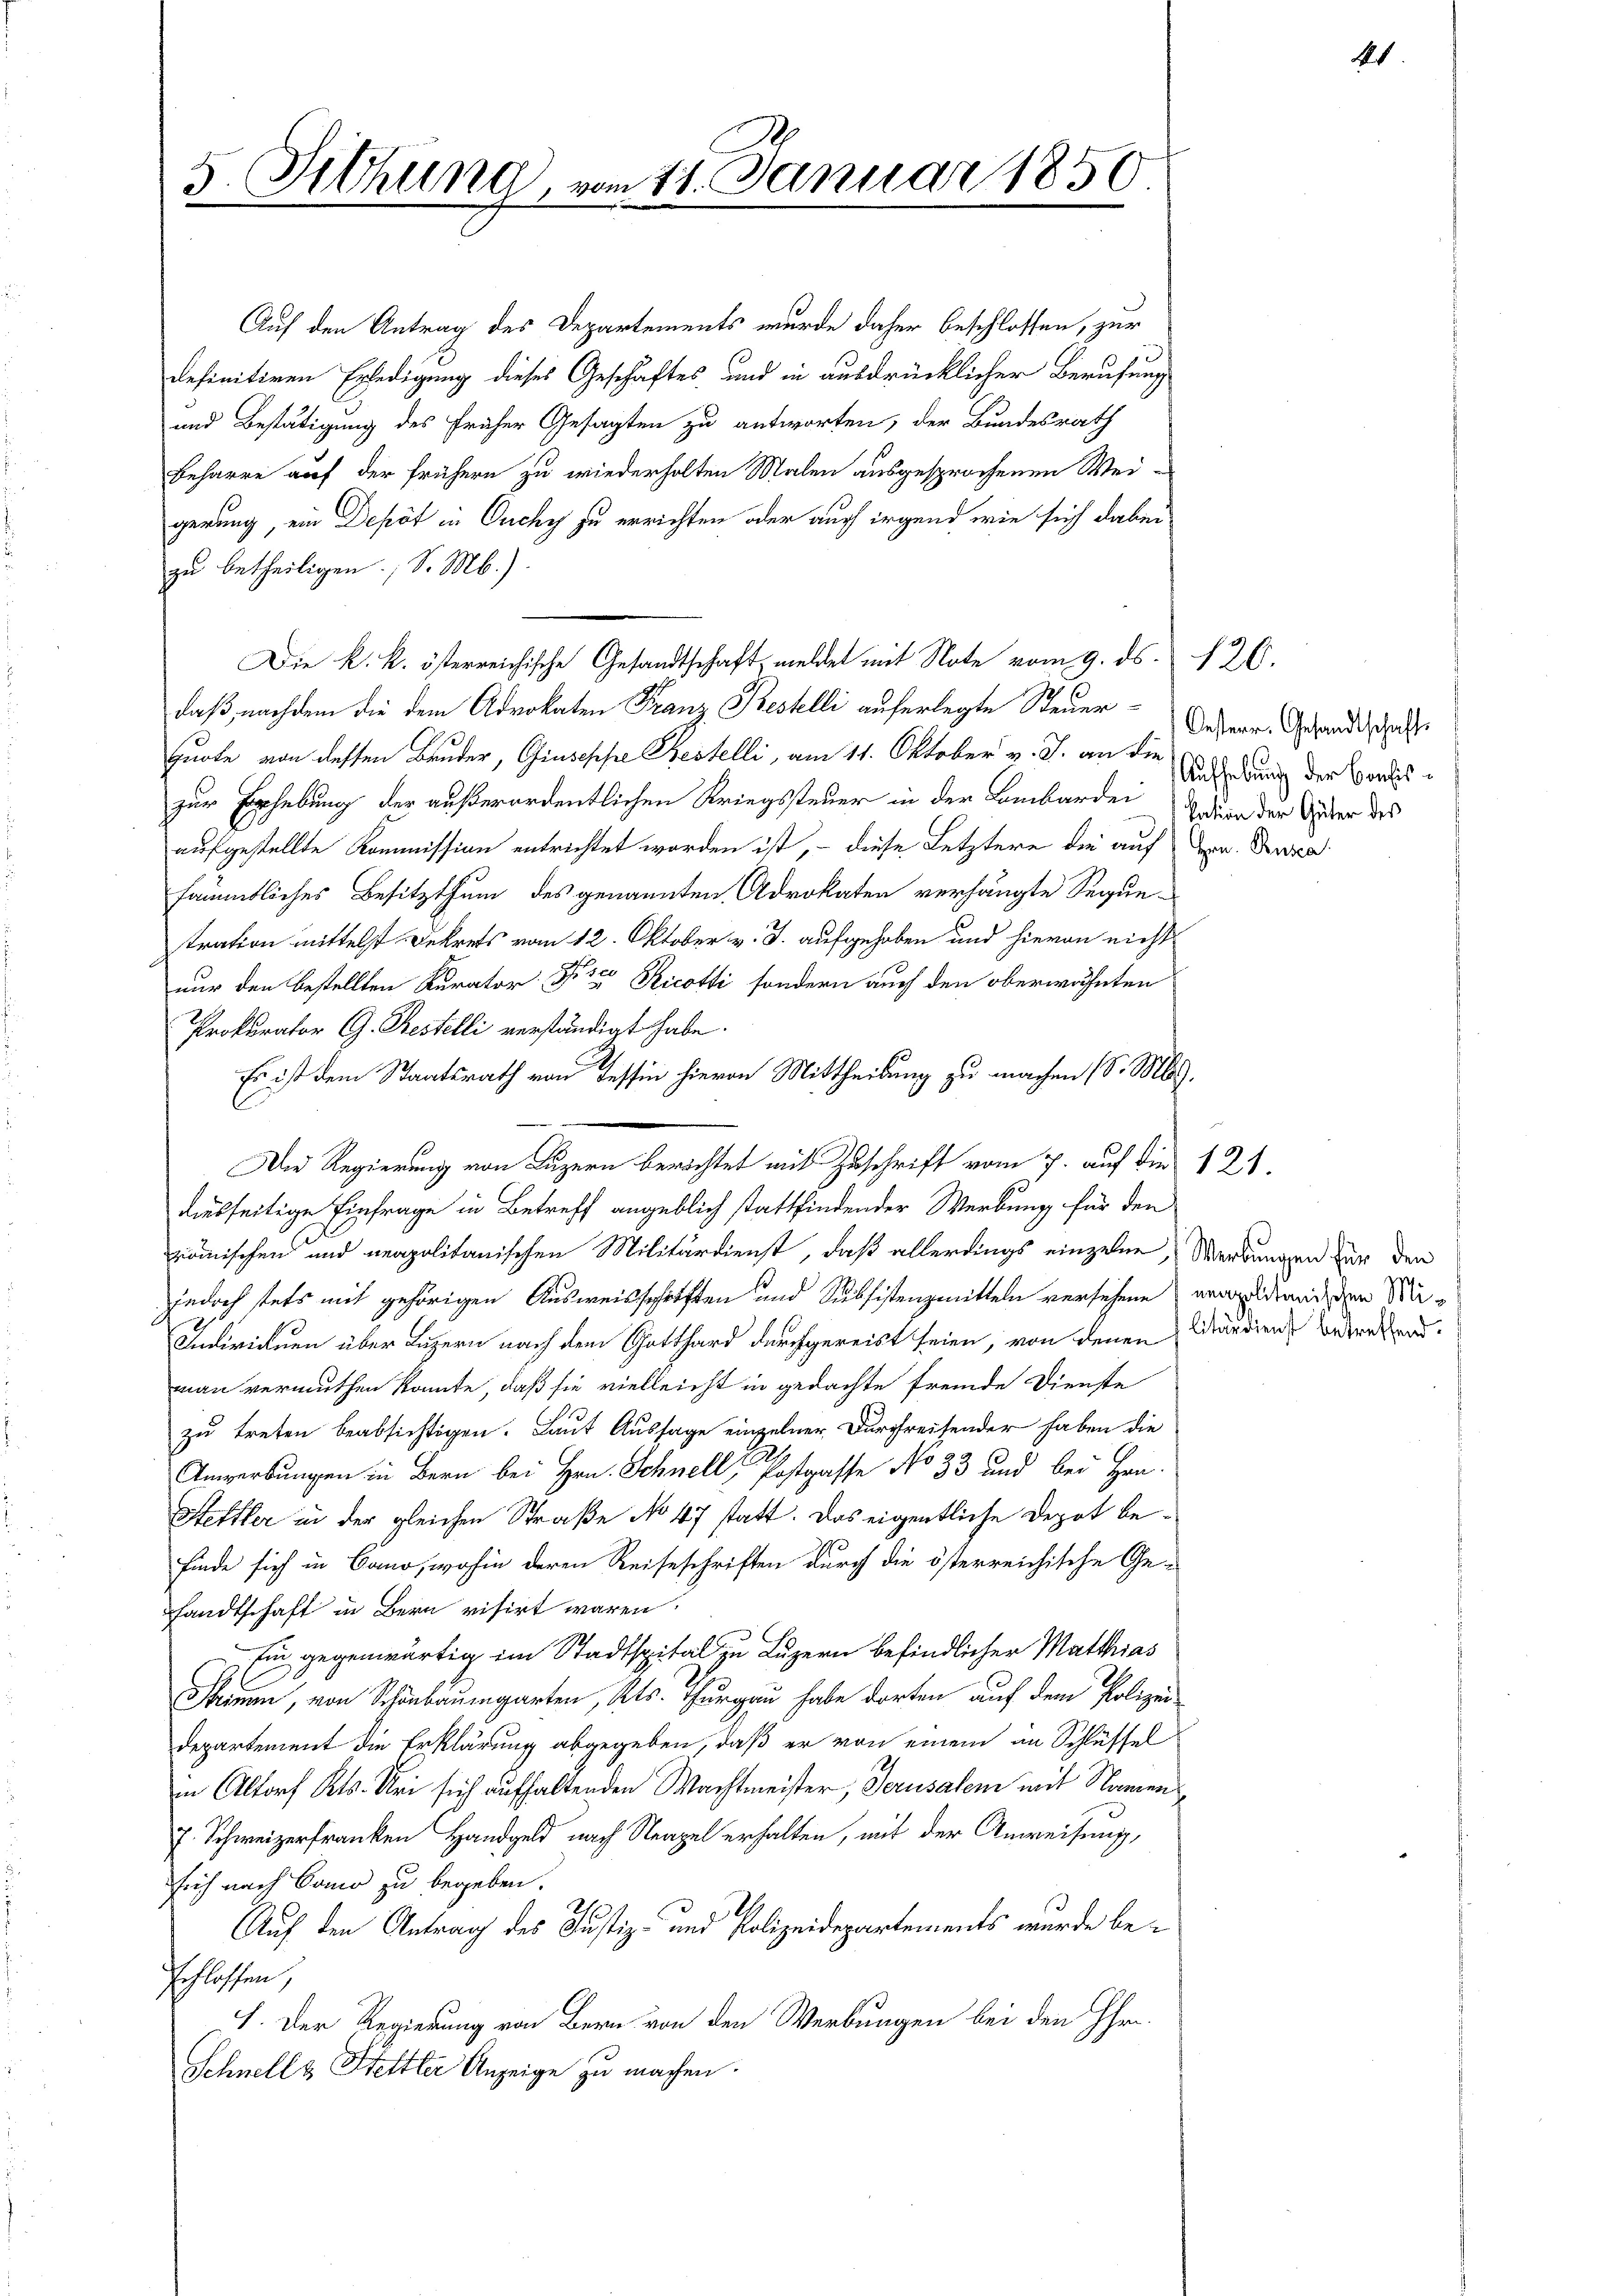
5 (Sithünd vom 11. Januar 1850

Auf den Antrag des Departements wurde daher beschlossen, zur
definitiven Erledigung dieses Geschäftes und in ausdrücklicher Berufung
und Bestätigung des früher Gesagten zu antworten, der Bundesrath
Beharre auf der frühern zu wiederholten Malen ausgesprochenen Wei-
gerung, ein Depot in Ouchy zu errichten oder auch irgend wie sich dabei
zu betheiligen; S. M.)
Die k. k. österreichische Gesandtschaft, meldet mit Note vom 9. ds. 126.
daß, nachdem die dem Advokaten Franz Bestelli auferlegte Steuer¬
Quote von dessen Bruder, Giuseppe Bestelli, am 11. Oktober v. J. an die
zur Erhebung der außerordentlichen Kriegssteuer in der Lombarden Indern der Güter des
aufgestellte Kommission entrichtet worden ist, – diese Letztere die auf dem Durc
sämmtliches Besitzthum des genannten Advokaten verhängte Seque-
tration mittelst Dekrets vom 12. Oktober v. J. aufgehoben und hievon nicht
nur den bestellten Kurator No 35 Ricotti sondern auch den oberwähnten
Prokurator G. Testelli verständigt habe.
Es ist dem Staatsrath von Tessin hievon Mittheilung zu machen (S. M.
diesseitige Einfrage in Betreff angeblich stattfindender Werbung für den
römischen und neapolitanischen Militärdienst, daß allerdings einzelne, Werbungen für den
jedoch stets mit gehörigen Ausweisschriften und Subsistenzmitteln versehene vereiden den Mi¬
Individuen über Luzern nach dem Gotthard durchgereist seien, von denen Märdiens betreten.
man vermuthen konnte, daß sie vielleicht in gedachte fremde Dienste
zu treten beabsichtigen. Laut Aussage einzelner Durchreisender haben die
Anwerbungen in Bern bei Hrn. Schnell, Postgasse No 33 und bei Hrn.
Stettler in der gleichen Straße No 47 statt. Das eigentliche Depot befinde sich in Cano, wohin deren Reiseschriften durch die österreichische Ge-
sandtschaft in Bern visirt waren.
Ein gegenwärtig im Stadtspital zu Luzern befindlicher Matthias
Namen, von Schönbaumgarten, Kts. Thurgau habe dorten auf dem Polizei-
Departement die Erklärung abgegeben, daß er von einem in Schlüssel
in Altorf Kts. Uri sich aufhaltenden Machtmeister, Jerusalem mit Namen
J. Schweizerfranken Handgeld nach Neapel erhalten, mit der Anweisung,
sich nach Como zu begeben.
.
Auf den Antrag des Justiz- und Polizeidepartements wurde be¬
Gschlossen,
I. Der Regierung von Bern von den Werbungen bei den Ihr
Schnell & Stettler Anzeige zu machen.

Die Regierung von Luzern berichtet mit Zuschrift vom 7. auf die 12.

Oesterr. Gesandtschafts
Aufhebung der Confis¬